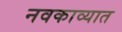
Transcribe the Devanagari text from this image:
नवकाव्यात